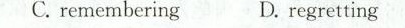
C.remembering D. regretting